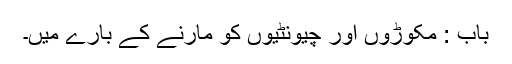
باب : مکوڑوں اور چیونٹیوں کو مارنے کے بارے میں۔